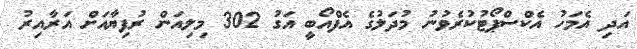
އަދި އެމަހު އެކްސްޕޯޓުކުރެވުނު މުދަލުގެ އެފްއޯބީ އަގު 302 މިލިއަން ރުފިޔާއަށް އަރާއިރު